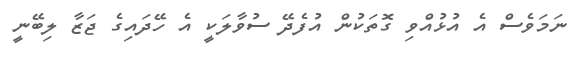
ނަމަވެސް އެ އުޅުއްވި ގޮތަކުން އުފެދޭ ސުވާލަކީ އެ ހޭދައިގެ ޖަޒާ ލިބޭނީ